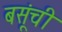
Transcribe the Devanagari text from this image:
बसूंची